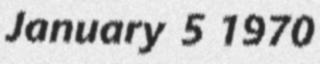
January 5 1970